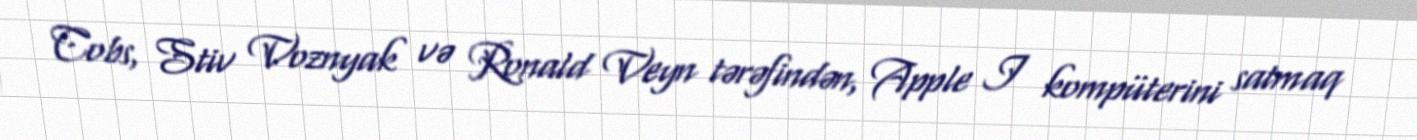
Cobs, Stiv Voznyak və Ronald Veyn tərəfindən, Apple I kompüterini satmaq